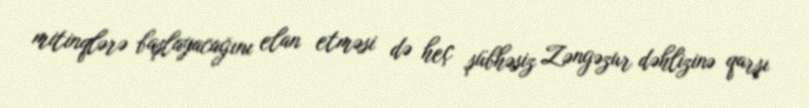
mitinqlərə başlayacağını elan etməsi də heç şübhəsiz Zəngəzur dəhlizinə qarşı